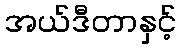
အယ်ဒီတာနှင့်